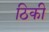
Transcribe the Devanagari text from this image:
ठिकी